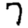
Digit: 7